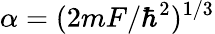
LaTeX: \alpha=(2mF/\hbar^{2})^{1/3}